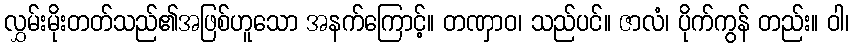
လွှမ်းမိုးတတ်သည်၏အဖြစ်ဟူသော အနက်ကြောင့်။ တဏှာဝ၊ သည်ပင်။ ဇာလံ၊ ပိုက်ကွန် တည်း။ ဝါ၊